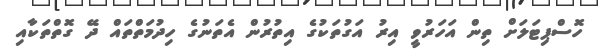
ހޮސްޕިޓަލަށް ތިން އަހަރުވީ އިރު އަގުތަކުގެ އިތުރުން އެތަނުގެ ހިދުމަތްތައް ދޭ ގޮތްތަކާއި